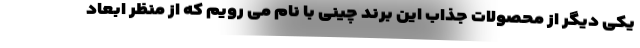
یکی دیگر از محصولات جذاب این برند چینی با نام می رویم که از منظر ابعاد